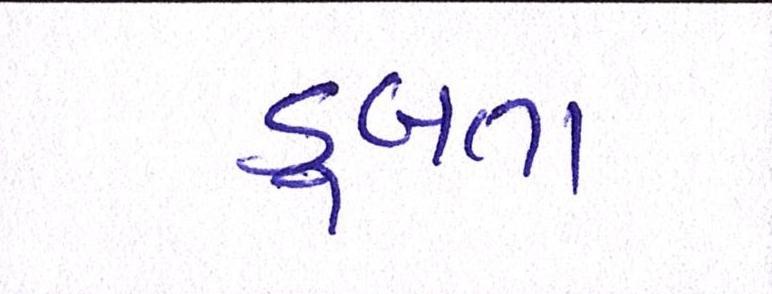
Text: ડૂબતા